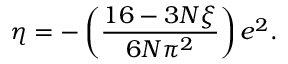
\eta = - \left( \frac { 1 6 - 3 N \xi } { 6 N \pi ^ { 2 } } \right) e ^ { 2 } .